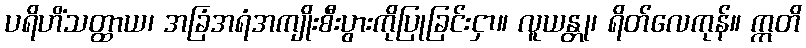
ပရိဟိံသတ္ထာယ၊ အခြံအရံအကျိုးစီးပွားကိုပြုခြင်းငှာ။ လူယန္တု၊ ရိတ်လေကုန်။ ဣတိ